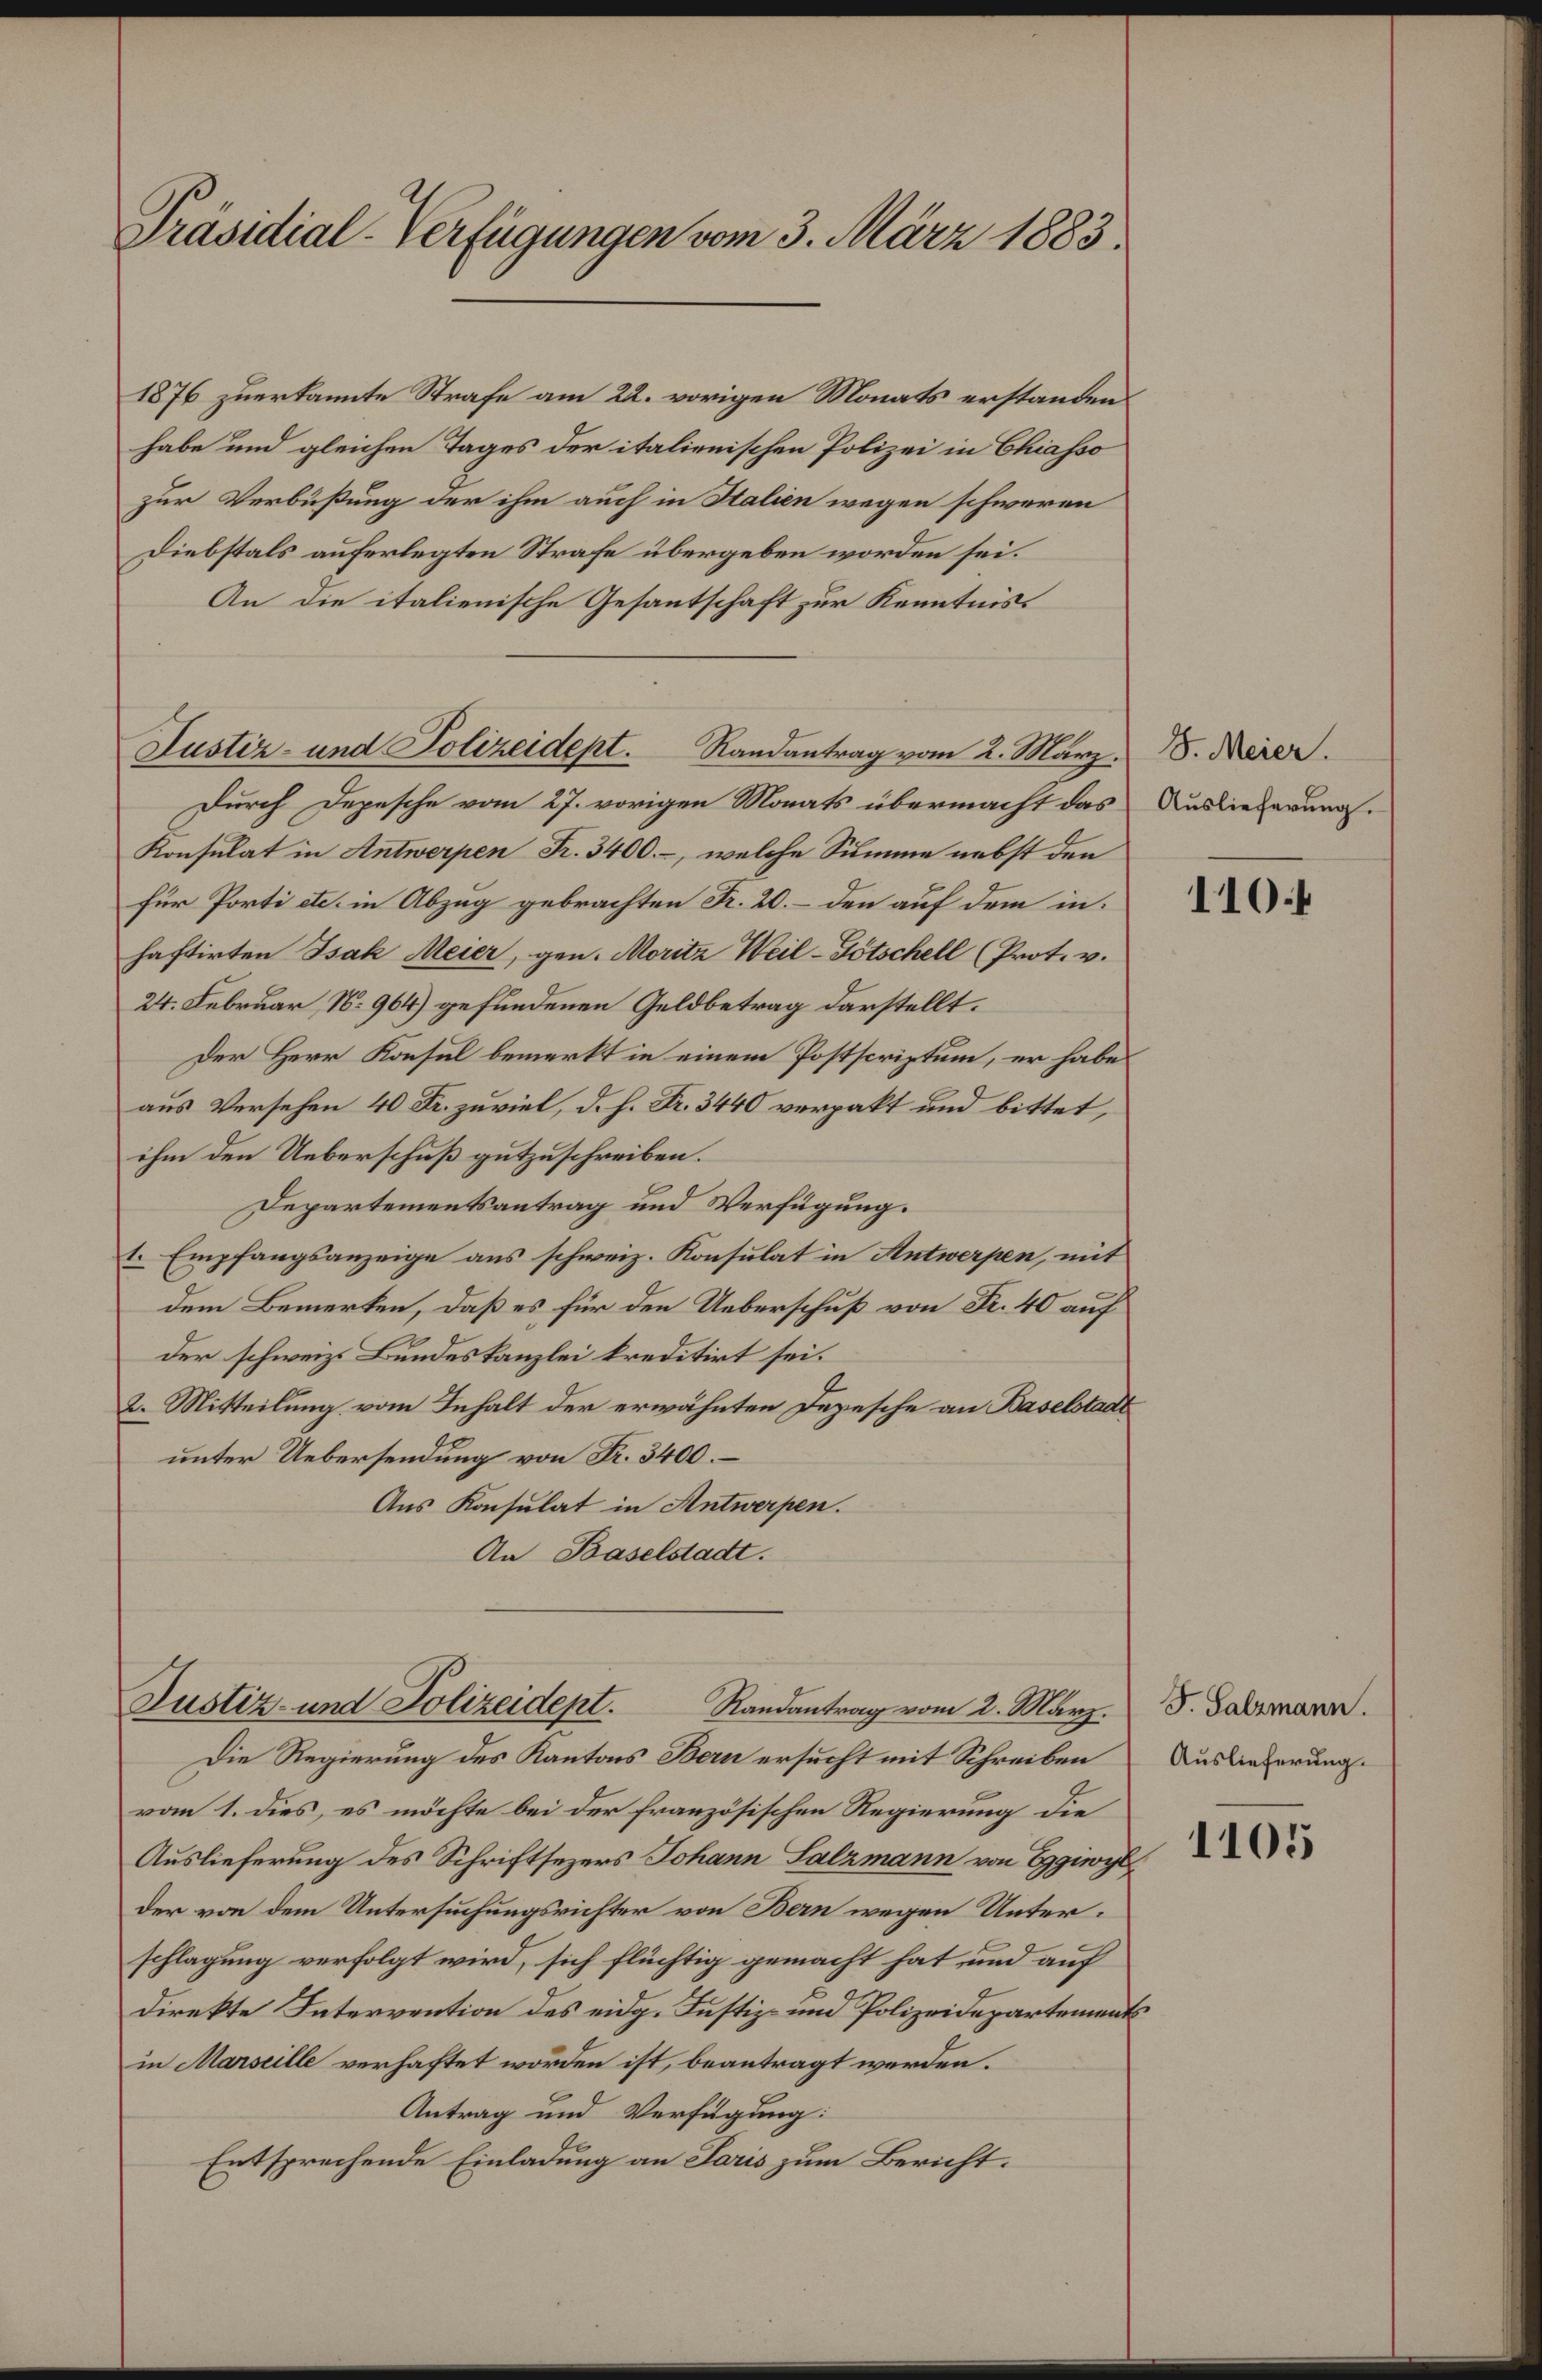
Präsidial-Verfügungen vom 3. März 1883.

1876 zuerkannte Strafe am 22. vorigen Monats erstanden.
habe und gleichen Tages der italienischen Polizei in Chiasso
zur Verbüßung der ihm auch in Italien wegen schweren
Diebstals auferlegten Strafe übergeben worden sei.
An die italienische Gesandtschaft zur Kenntniss
Durch Depesche vom 27. vorigen Monats übermacht das Auslieferung.
Konsulat in Antwerpen Fr. 3400.-, welche Summe nebst den
für Porti etc. in Abzug gebrachten Fr. 20. – den auf dem inhaftirten Isak Meier, gen. Moritz Weil-Tötschell (Prot. v.
24. Februar, N. 964) gefundenen Geldbetrag darstellt.
Der Herr Konsul bemerkt in einem Postscriptum, er habe
aus Versehen 40 Fr. zuviel, d. h. Fr. 3440 verpakt und bittet,
ihm den Ueberschuß gutzuschreiben.
Departementsantrag und Verfügung.
t. Empfangsanzeige aus schweiz. Konsulat in Antwerpen, mit
dem Bemerken, daß es für den Ueberschuß von Fr. 40 auf
der schweiz. Bundeskanzlei kreditirt sei.
2. Mitteilung vom Inhalt der erwähnten Depesche an Baselstadt
unter Uebersendung von Fr. 3400.
Aus Konsulat in Antwerpen.
An Baselstadt.
Justiz- und Polizeidept.
Randantrag vom 2. März.
Die Regierung des Kantons Bern ersucht mit Schreiben
vom 1. dies, es möchte bei der französischen Regierung die
Auslieferung des Schriftsezers Johann Salzmann von Egiwy
der von dem Untersuchungsrichter von Bern wegen Unterschlagung verfolgt wird, sich flüchtig gemacht hat und auf
direkte Intervention des eidg. Justiz- und Polizeidepartements
in Marseille verhaftet worden ist, beantragt werden.
Antrag und Verfügung:
Entsprechende Einladung an Paris zum Bericht.

Justiz- und Polizeidept. Randantrag vom 2. März 8. Meier.

110:

J. Salzmann.
Auslieferung.

1105